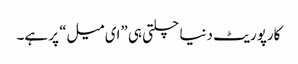
کارپوریٹ دنیا چلتی ہی ”ای میل“ پر ہے۔